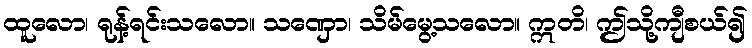
ထူလော၊ ရုန့်ရင်းသလော။ သဏှော၊ သိမ်မွေ့သလော။ ဣတိ၊ ဤသို့ကျီစယ်၍